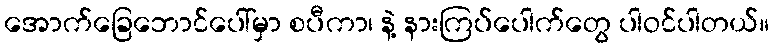
အောက်ခြေဘောင်ပေါ်မှာ စပီကာ၊ နဲ့ နားကြပ်ပေါက်တွေ ပါဝင်ပါတယ်။